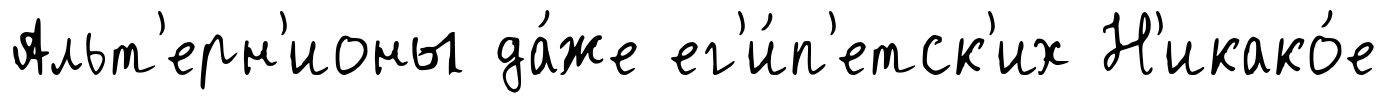
Альт'ерн'ионы да́же ег'и́п'етск'их Н'икако́е